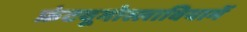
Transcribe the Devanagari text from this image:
फ्रंटयूगोस्लावियामें